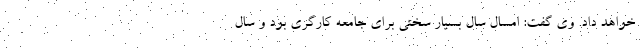
خواهد داد. وی گفت: امسال سال بسیار سختی برای جامعه کارگری بود و سال